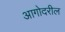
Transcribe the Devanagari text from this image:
आगोदरील